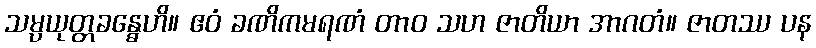
သမ္ပယုတ္တခန္ဓေဟိ။ ဧဝံ ခဏိကမရဏံ တာဝ သဟ ဇာတိယာ အာဂတံ။ ဇာတဿ ပန